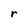
Character: r